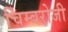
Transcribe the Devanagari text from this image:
चिम्बरोजी